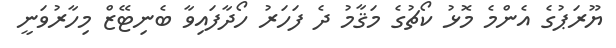
ޔޫރަޕުގެ އެންމެ މޮޅު ކޯޗުގެ މަޤާމު ދެ ފަހަރު ހޯދާފައިވާ ބެނިޓޭޒް މިހާރުވަނީ